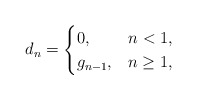
\begin{align*} d_n = \begin{cases} 0, & n<1, \\ g_{n-1}, & n\geq 1, \end{cases} \end{align*}